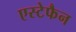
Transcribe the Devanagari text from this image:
एस्टेफैन